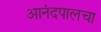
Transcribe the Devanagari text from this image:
आनंदपालचा